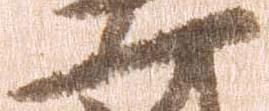
一